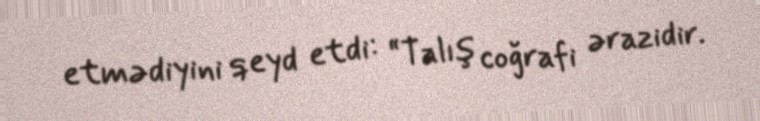
etmədiyini qeyd etdi: “Talış coğrafi ərazidir.